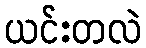
ယင်းတလဲ